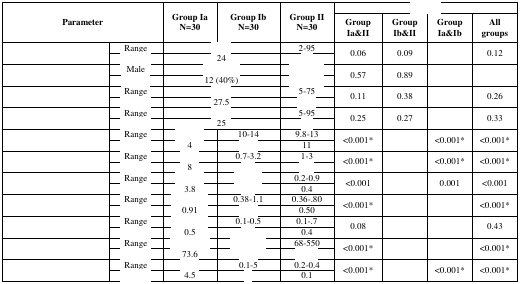
<table><thead><tr><td colspan="2" rowspan="2"><b>Parameter</b></td><td rowspan="2"><b>Group Ia N=30</b></td><td rowspan="2"><b>Group Ib N=30</b></td><td rowspan="2"><b>Group II N=30</b></td><td colspan="4">[EMPTY_CELL]</td></tr><tr><td><b>Group Ia&amp;II</b></td><td><b>Group Ib&amp;II</b></td><td><b>Group Ia&amp;Ib</b></td><td><b>All groups</b></td></tr></thead><tbody><tr><td rowspan="2">[EMPTY_CELL]</td><td>Range</td><td colspan="2">[EMPTY_CELL]</td><td>2–95</td><td rowspan="2">0.06</td><td rowspan="2">0.09</td><td rowspan="2">[EMPTY_CELL]</td><td rowspan="2">0.12</td></tr><tr><td>[EMPTY_CELL]</td><td colspan="2">24</td><td>[EMPTY_CELL]</td></tr><tr><td rowspan="2">[EMPTY_CELL]</td><td>Male</td><td colspan="2">[EMPTY_CELL]</td><td>[EMPTY_CELL]</td><td rowspan="2">0.57</td><td rowspan="2">0.89</td><td rowspan="2">[EMPTY_CELL]</td><td rowspan="2">[EMPTY_CELL]</td></tr><tr><td>[EMPTY_CELL]</td><td colspan="2">12 (40%)</td><td>[EMPTY_CELL]</td></tr><tr><td rowspan="2">[EMPTY_CELL]</td><td>Range</td><td colspan="2">[EMPTY_CELL]</td><td>5–75</td><td rowspan="2">0.11</td><td rowspan="2">0.38</td><td rowspan="2">[EMPTY_CELL]</td><td rowspan="2">0.26</td></tr><tr><td>[EMPTY_CELL]</td><td colspan="2">27.5</td><td>[EMPTY_CELL]</td></tr><tr><td rowspan="2">[EMPTY_CELL]</td><td>Range</td><td colspan="2">[EMPTY_CELL]</td><td>5–95</td><td rowspan="2">0.25</td><td rowspan="2">0.27</td><td rowspan="2">[EMPTY_CELL]</td><td rowspan="2">0.33</td></tr><tr><td>[EMPTY_CELL]</td><td colspan="2">25</td><td>[EMPTY_CELL]</td></tr><tr><td rowspan="2">[EMPTY_CELL]</td><td>Range</td><td>[EMPTY_CELL]</td><td>10–14</td><td>9.8–13</td><td rowspan="2">&lt;0.001*</td><td rowspan="2">[EMPTY_CELL]</td><td rowspan="2">&lt;0.001*</td><td rowspan="2">&lt;0.001*</td></tr><tr><td>[EMPTY_CELL]</td><td>4</td><td>[EMPTY_CELL]</td><td>11</td></tr><tr><td rowspan="2">[EMPTY_CELL]</td><td>Range</td><td>[EMPTY_CELL]</td><td>0.7–3.2</td><td>1–3</td><td rowspan="2">&lt;0.001*</td><td rowspan="2">[EMPTY_CELL]</td><td rowspan="2">&lt;0.001*</td><td rowspan="2">&lt;0.001*</td></tr><tr><td>[EMPTY_CELL]</td><td>8</td><td>[EMPTY_CELL]</td><td>[EMPTY_CELL]</td></tr><tr><td rowspan="2">[EMPTY_CELL]</td><td>Range</td><td>[EMPTY_CELL]</td><td>[EMPTY_CELL]</td><td>0.2–0.9</td><td rowspan="2">&lt;0.001</td><td rowspan="2">[EMPTY_CELL]</td><td rowspan="2">0.001</td><td rowspan="2">&lt;0.001</td></tr><tr><td>[EMPTY_CELL]</td><td>3.8</td><td>[EMPTY_CELL]</td><td>0.4</td></tr><tr><td rowspan="2">[EMPTY_CELL]</td><td>Range</td><td>[EMPTY_CELL]</td><td>0.38–1.1</td><td>0.36–.80</td><td rowspan="2">&lt;0.001*</td><td rowspan="2">[EMPTY_CELL]</td><td rowspan="2">[EMPTY_CELL]</td><td rowspan="2">&lt;0.001*</td></tr><tr><td>[EMPTY_CELL]</td><td>0.91</td><td>[EMPTY_CELL]</td><td>0.50</td></tr><tr><td rowspan="2">[EMPTY_CELL]</td><td>Range</td><td>[EMPTY_CELL]</td><td>0.1–0.5</td><td>0.1–.7</td><td rowspan="2">0.08</td><td rowspan="2">[EMPTY_CELL]</td><td rowspan="2">[EMPTY_CELL]</td><td rowspan="2">0.43</td></tr><tr><td>[EMPTY_CELL]</td><td>0.5</td><td>[EMPTY_CELL]</td><td>0.4</td></tr><tr><td rowspan="2">[EMPTY_CELL]</td><td>Range</td><td>[EMPTY_CELL]</td><td>[EMPTY_CELL]</td><td>68–550</td><td rowspan="2">&lt;0.001*</td><td rowspan="2">[EMPTY_CELL]</td><td rowspan="2">[EMPTY_CELL]</td><td rowspan="2">&lt;0.001*</td></tr><tr><td>[EMPTY_CELL]</td><td>73.6</td><td>[EMPTY_CELL]</td><td>[EMPTY_CELL]</td></tr><tr><td rowspan="2">[EMPTY_CELL]</td><td>Range</td><td>[EMPTY_CELL]</td><td>0.1–5</td><td>0.2–0.4</td><td rowspan="2">&lt;0.001*</td><td rowspan="2">[EMPTY_CELL]</td><td rowspan="2">&lt;0.001*</td><td rowspan="2">&lt;0.001*</td></tr><tr><td>[EMPTY_CELL]</td><td>4.5</td><td>[EMPTY_CELL]</td><td>0.1</td></tr></tbody></table>